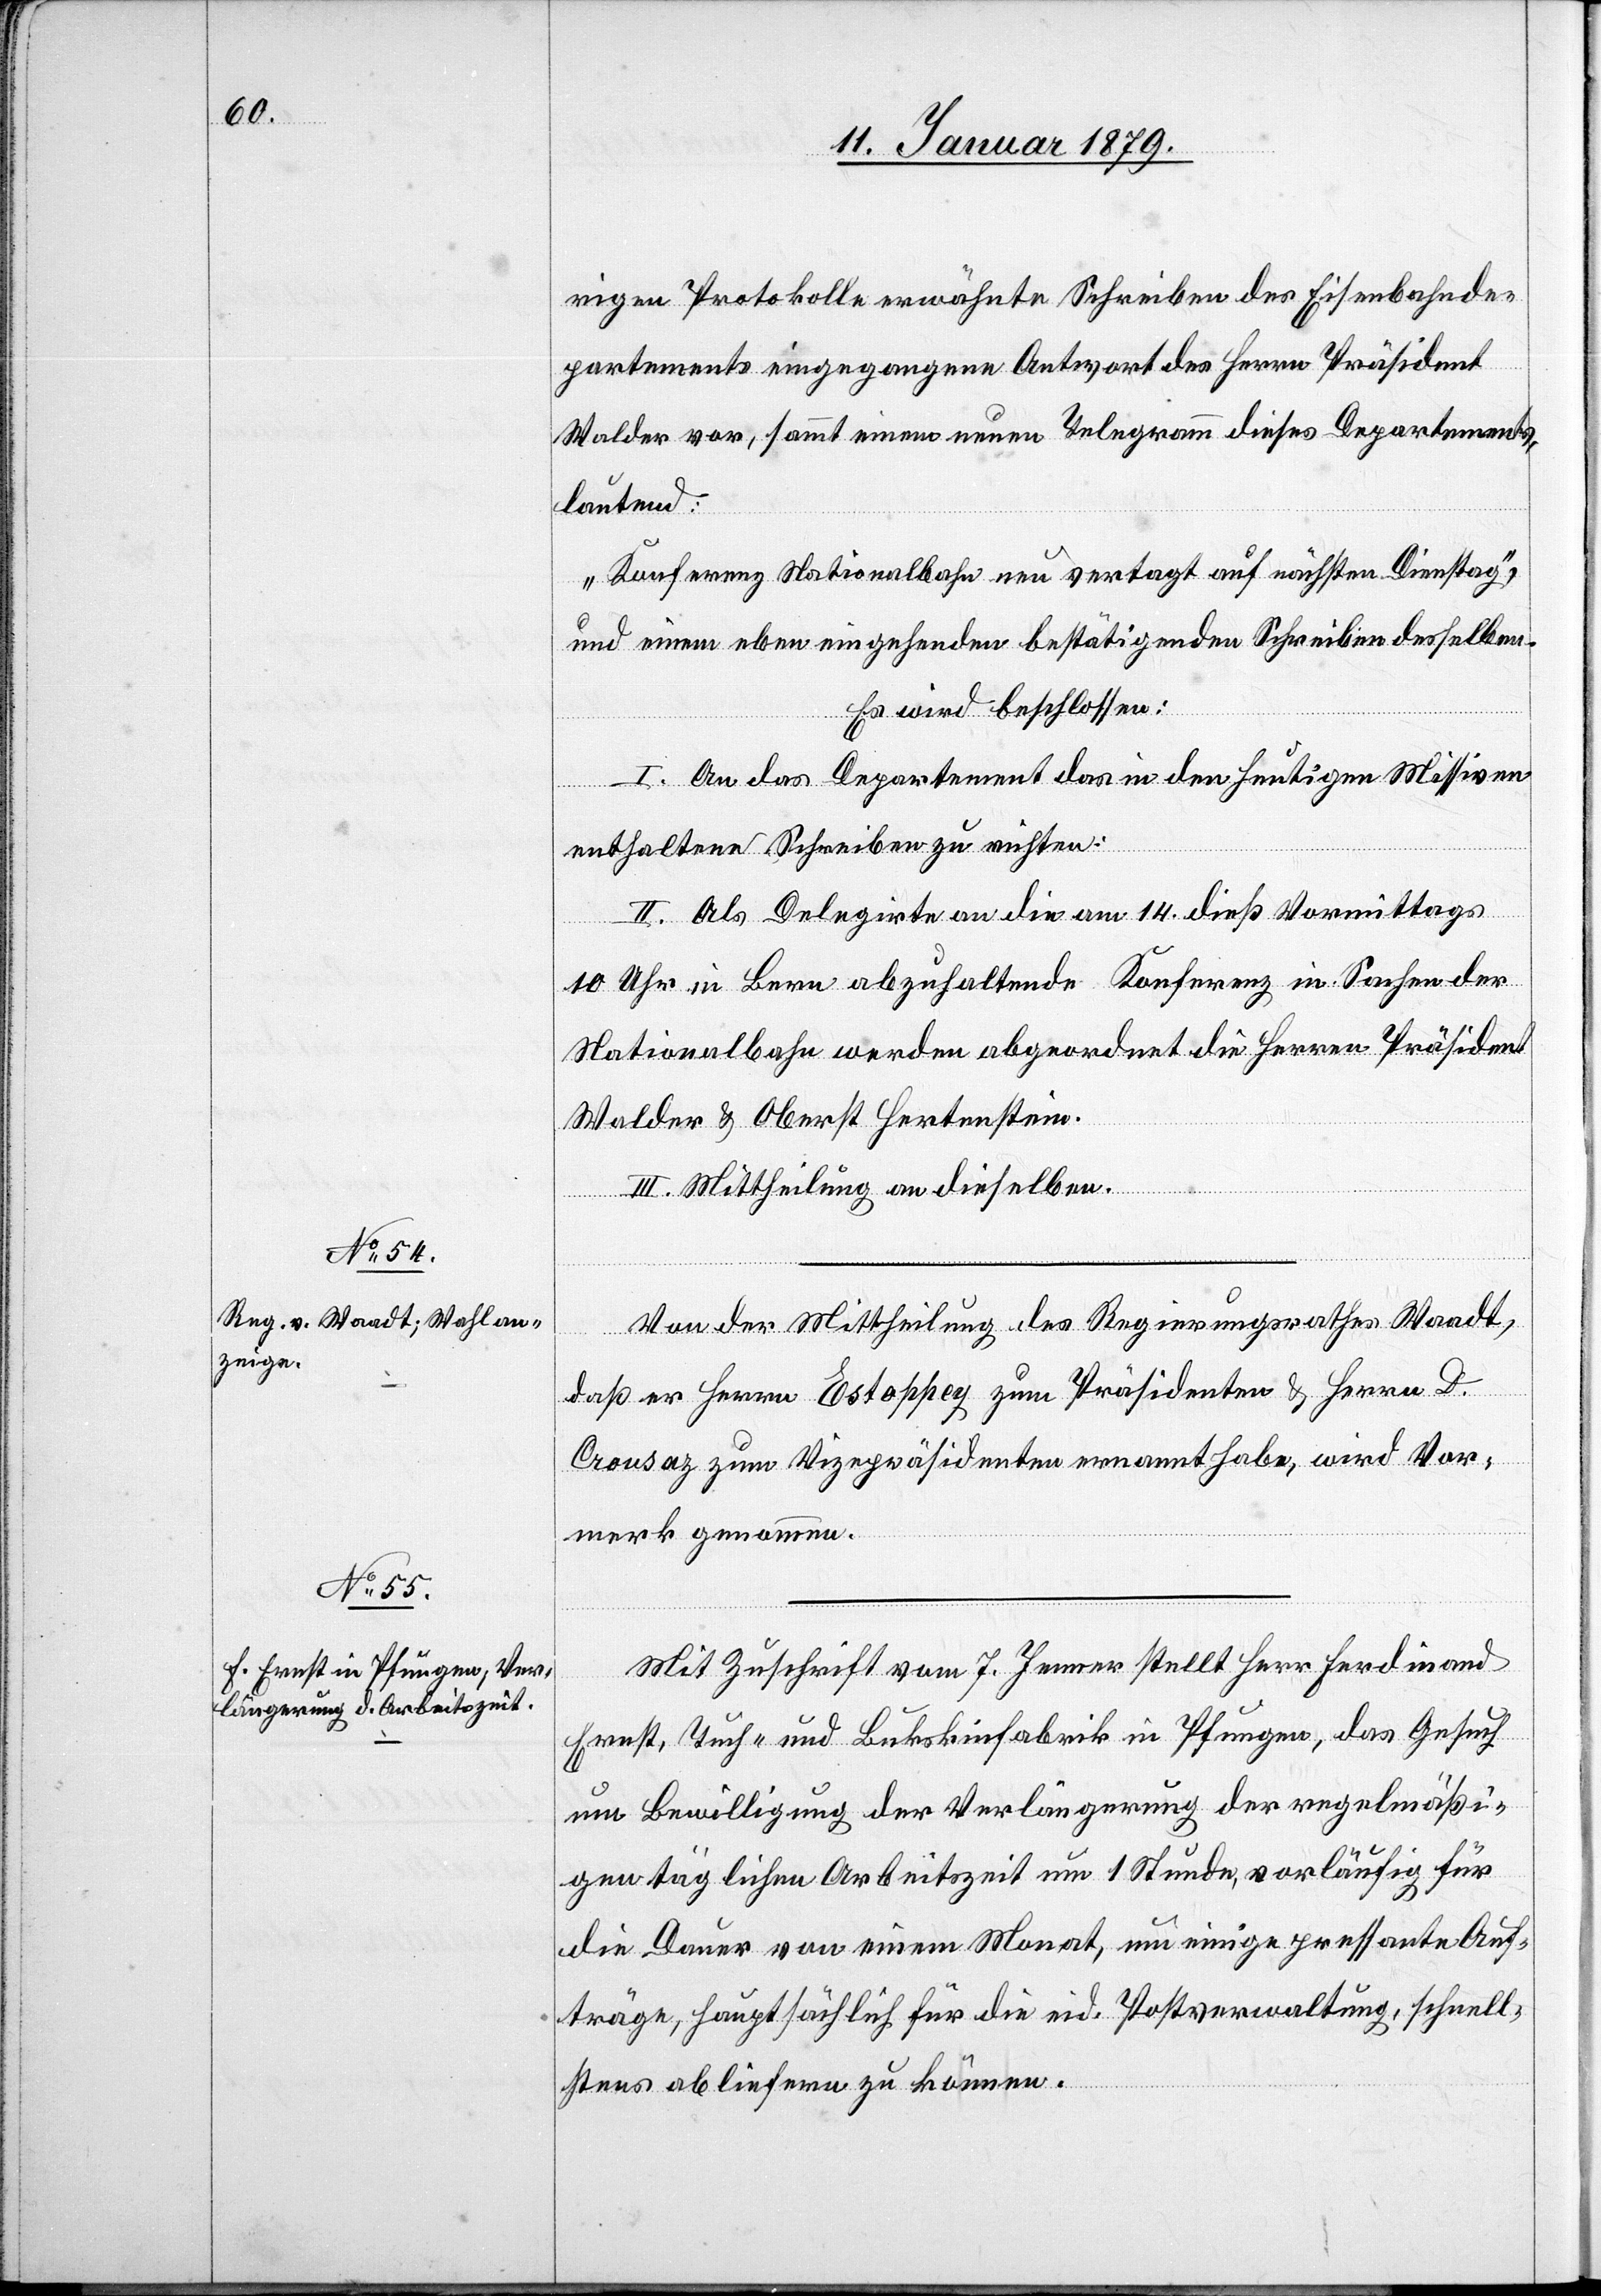
rigen Protokolle erwähnte Schreiben des Eisenbahnde¬
partements eingegangene Antwort des Herrn Präsident
Walder vor, sammt einem neuen Telegramm dieses Departements,
lautend:
„Konferenz Nationalbahn neu vertagt auf nächsten Dienstag“,
und einem eben eingehenden bestätigenden Schreiben desselben.
Es wird beschlossen:
I. An das Departement das in den heutigen Missiven
enthaltene Schreiben zu richten.
II. Als Delegirten an die am 14. dieß Vormittags
10 Uhr in Bern abzuhaltende Konferenz in Sachen der
Nationalbahn werden abgeordnet die Herren Präsident
Walder & Oberst Hertenstein.
Von der Mittheilung des Regierungsrathes Waadt,
daß er Herrn Estoppey zum Präsidenten & Herrn D.
Crousaz zum Vicepräsidenten ernannt habe, wird Vor¬
merk genommen.
Mit Zuschrift vom 7. Jenner stellt Herr Ferdinand
Ernst, Tuch- und Bukskinfabrik in Pfungen, das Gesuch
um Bewilligung der Verlängerung der regelmäßi¬
gen täglichen Arbeitszeit um 1 Stunde, vorläufig für
die Dauer von einem Monat, um einige pressante Auf¬
träge, hauptsächlich für die eid. Postverwaltung, schnell¬
stens abliefern zu können.